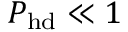
P _ { \mathrm { h d } } \ll 1